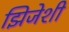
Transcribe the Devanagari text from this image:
झिजेशी